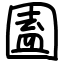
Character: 圔